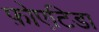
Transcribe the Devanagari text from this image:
फ़ोएटिडा